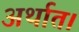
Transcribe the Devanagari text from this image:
अर्थात।